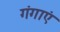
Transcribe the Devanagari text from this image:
गंगाएं